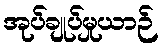
အုပ်ချုပ်မှုယာဉ်